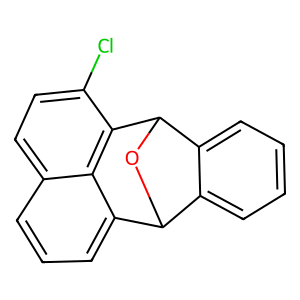
SMILES: Clc1ccc2cccc3c2c1C1OC3c2ccccc21
Inhibits HIV replication: No